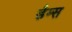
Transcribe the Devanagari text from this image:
डैम्स